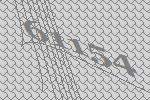
61154